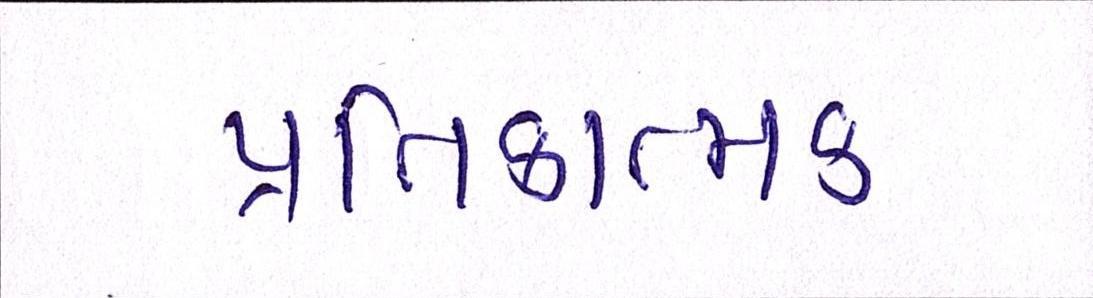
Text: પ્રતિકાત્મક